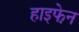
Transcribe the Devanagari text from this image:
हाइफे़न